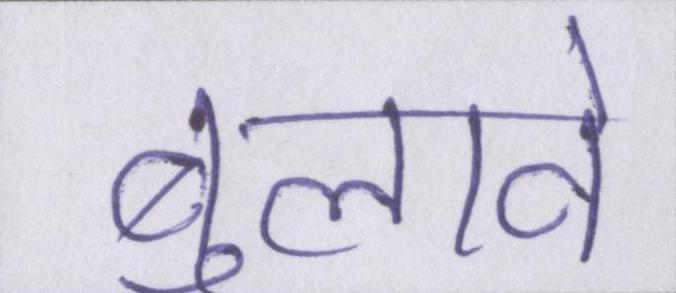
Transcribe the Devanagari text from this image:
बुलावे